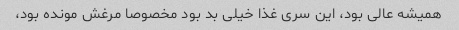
همیشه عالی بود، این سری غذا خیلی بد بود مخصوصا مرغش مونده بود،